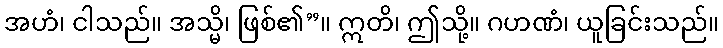
အဟံ၊ ငါသည်။ အသ္မိ၊ ဖြစ်၏”။ ဣတိ၊ ဤသို့။ ဂဟဏံ၊ ယူခြင်းသည်။